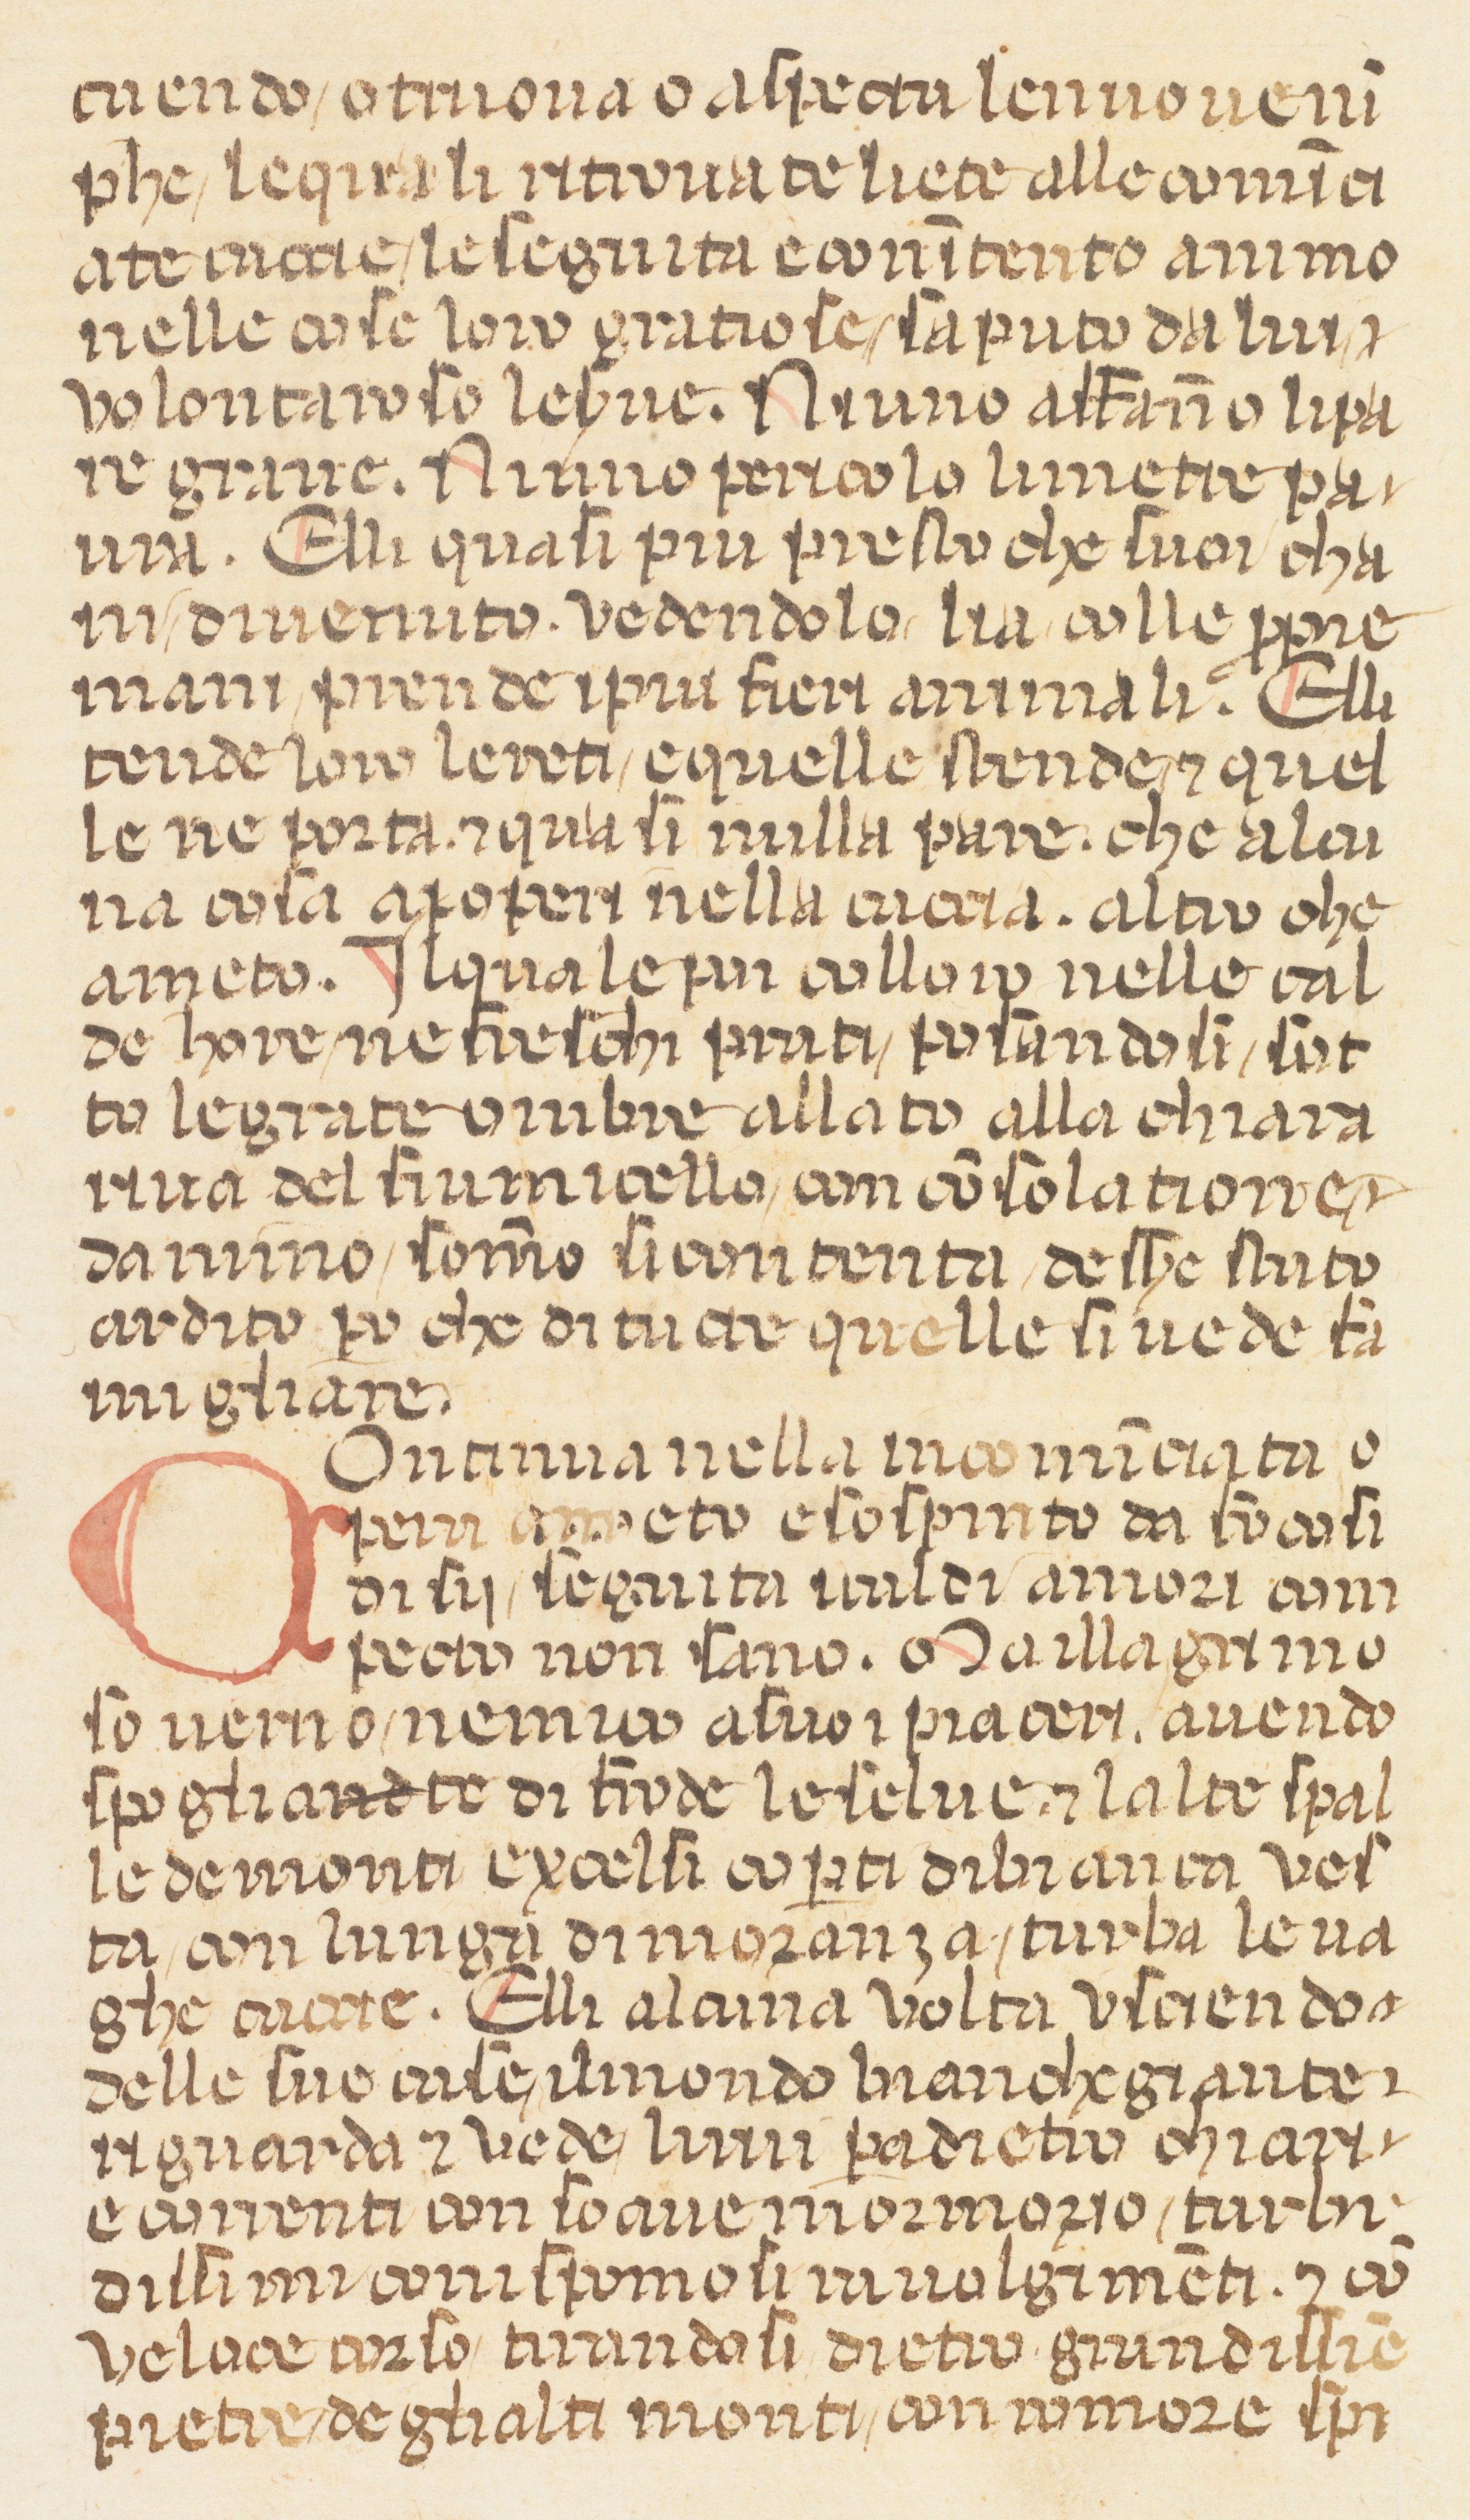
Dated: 1360–1370